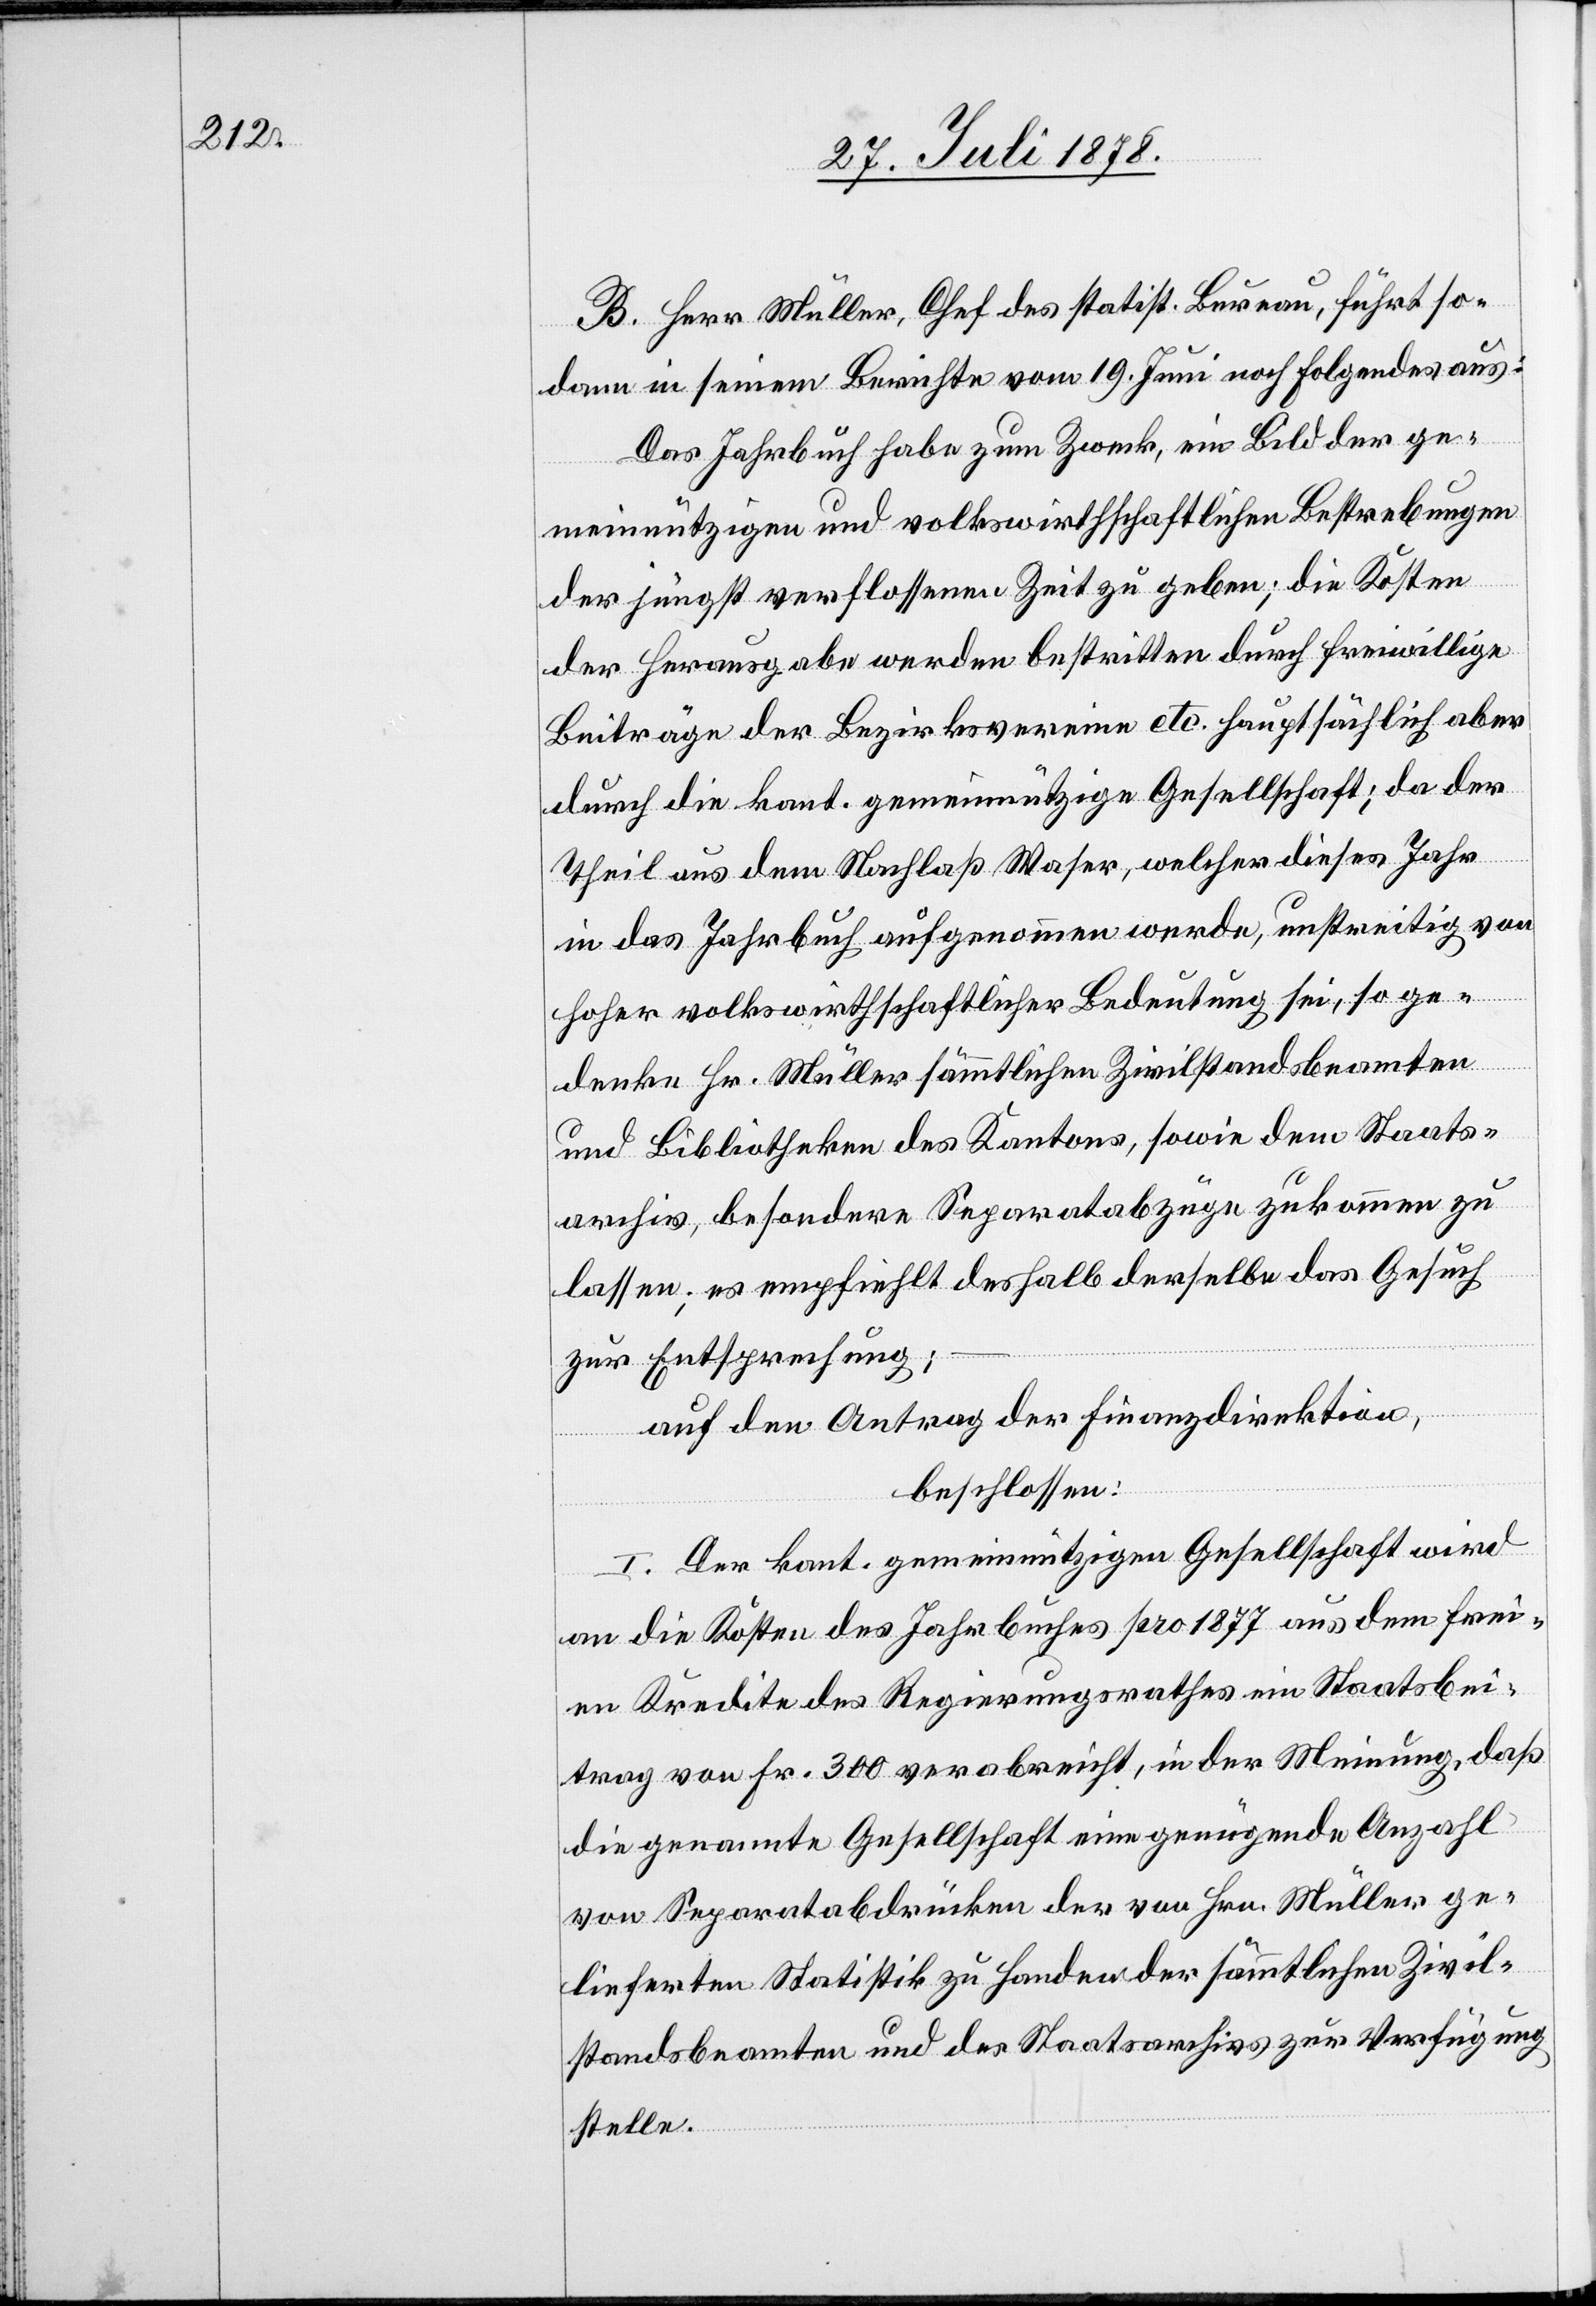
B. Herr Müller, Chef des statist. Bureau, führt so¬
dann in seinem Berichte vom 19. Juni noch folgendes aus:
Das Jahrbuch habe zum Zweck, ein Bild der ge¬
meinnützigen und volkswirthschaftlichen Bestrebungen
der jüngst verflossenen Zeit zu geben; die Kosten
der Herausgabe werden bestritten durch freiwillige
Beiträge der Bezirksvereine etc. hauptsächlich aber
durch die kant. gemeinnützige Gesellschaft; da der
Theil aus dem Nachlaß Waser, welcher dieses Jahr
in das Jahrbuch aufgenommen werde, unstreitig von
hoher volkswirthschaftlicher Bedeutung sei, so ge¬
denke Hr. Müller sämmtlichen Zivilstandsbeamten
und Bibliotheken des Kantons, sowie dem Staats¬
archiv, besondere Separatabzüge zukommen zu
lassen; es empfiehlt deshalb derselbe das Gesuch
zur Entsprechung;
auf den Antrag der Finanzdirektion,
beschlossen:
I. Der kant. gemeinnützigen Gesellschaft wird
an die Kosten des Jahrbuches pro 1877 aus dem frei¬
en Kredite des Regierungsrathes ein Staatsbei¬
trag von Fr. 300 verabreicht, in der Meinung, daß
die genannte Gesellschaft eine genügende Anzahl
von Separatabdrücken der von Hrn. Müller ge¬
lieferten Statistik zu Handen der sämmtlichen Zivil¬
standsbeamten und des Staatsarchivs zur Verfügung
stelle.